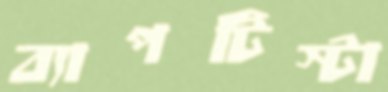
ব্যাপটিস্টা